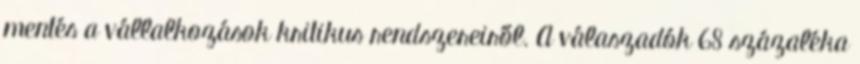
mentés a vállalkozások kritikus rendszereiről. A válaszadók 68 százaléka